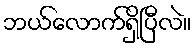
ဘယ်လောက်ရှိပြီလဲ။